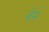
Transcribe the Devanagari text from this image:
वेर्स